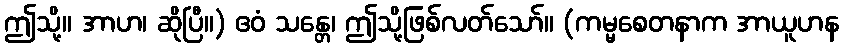
ဤသို့။ အာဟ၊ ဆိုပြီ။) ဧဝံ သန္တေ၊ ဤသို့ဖြစ်လတ်သော်။ (ကမ္မစေတနာက အာယူဟန